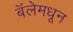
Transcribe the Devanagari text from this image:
बॅलेमधून